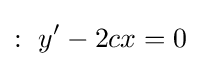
:\ y'-2cx=0\